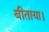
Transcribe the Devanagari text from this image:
बीताया।